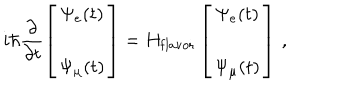
i \hbar \frac { \partial } { \partial t } \left[ \begin{array} { c c } { { \Psi _ { e } ( t ) } } \\ { { \Psi _ { \mu } ( t ) } } \\ \end{array} \right] = H _ { \mathrm { f l a v o r } } \left[ \begin{array} { c c } { { \Psi _ { e } ( t ) } } \\ { { \Psi _ { \mu } ( t ) } } \\ \end{array} \right] \, ,